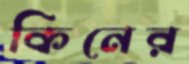
কিনের